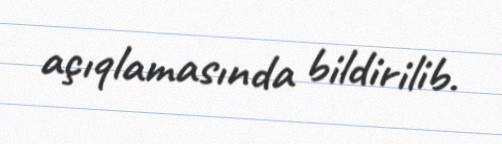
açıqlamasında bildirilib.